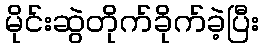
မိုင်းဆွဲတိုက်ခိုက်ခဲ့ပြီး